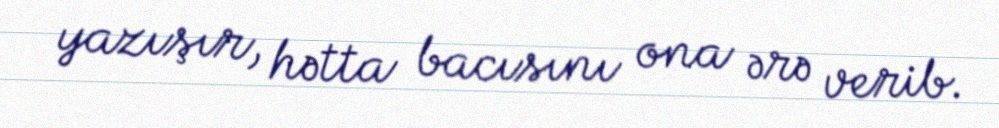
yazışır, hətta bacısını ona ərə verib.